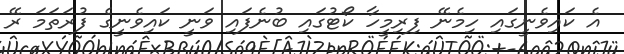
އެ ކައިވެނީގައި ހިމެނޭ ފިރިމީހާ ކޯޓުގައި ބުނެފައި ވަނީ ކައިވެނީގެ ފުރަތަމަ ރޭ